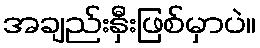
အချည်းနှီးဖြစ်မှာပဲ။